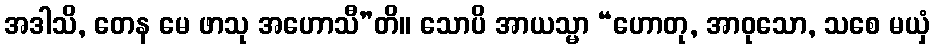
အဒါသိ, တေန မေ ဖာသု အဟောသီ”တိ။ သောပိ အာယသ္မာ “ဟောတု, အာဝုသော, သစေ မယှံ